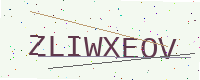
Text: ZLIWXEOV